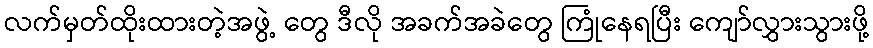
လက်မှတ်ထိုးထားတဲ့အဖွဲ့ တွေ ဒီလို အခက်အခဲတွေ ကြုံနေရပြီး ကျော်လွှားသွားဖို့